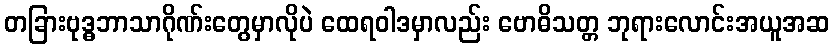
တခြားဗုဒ္ဓဘာသာဂိုဏ်းတွေမှာလိုပဲ ထေရဝါဒမှာလည်း ဗောဓိသတ္တ ဘုရားလောင်းအယူအဆ